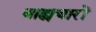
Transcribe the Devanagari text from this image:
बाह्यचारों